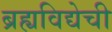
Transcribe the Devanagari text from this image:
ब्रह्यविद्येची